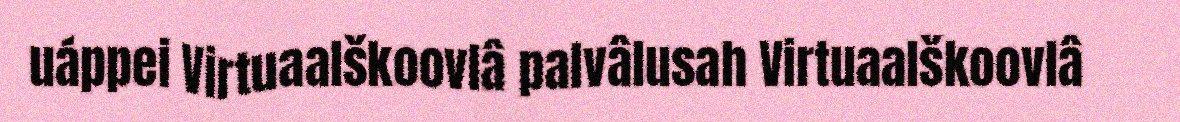
uáppei Virtuaalškoovlâ palvâlusah Virtuaalškoovlâ